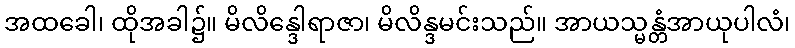
အထခေါ၊ ထိုအခါ၌။ မိလိန္ဒေါရာဇာ၊ မိလိန္ဒမင်းသည်။ အာယသ္မန္တံအာယုပါလံ၊